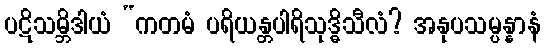
ပဋိသမ္ဘိဒါယံ “ကတမံ ပရိယန္တပါရိသုဒ္ဓိသီလံ? အနုပသမ္ပန္နာနံ